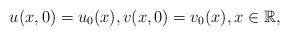
LaTeX: \begin{align*}u(x, 0)=u_{0}(x), v(x, 0)=v_{0}(x),x \in \mathbb{R},\end{align*}